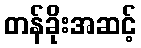
တန်ခိုးအဆင့်